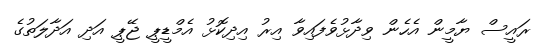
ރައީސް ޔާމީން އެހެން ވިދާޅުވެފައިވާ އިރު އިދިކޮޅު އެމްޑީޕީ ޖޭޕީ އަދި އަދާލަތުގެ